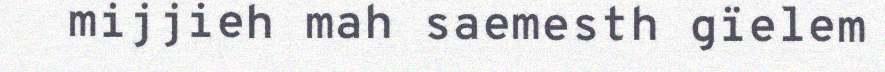
mijjieh mah saemesth gïelem